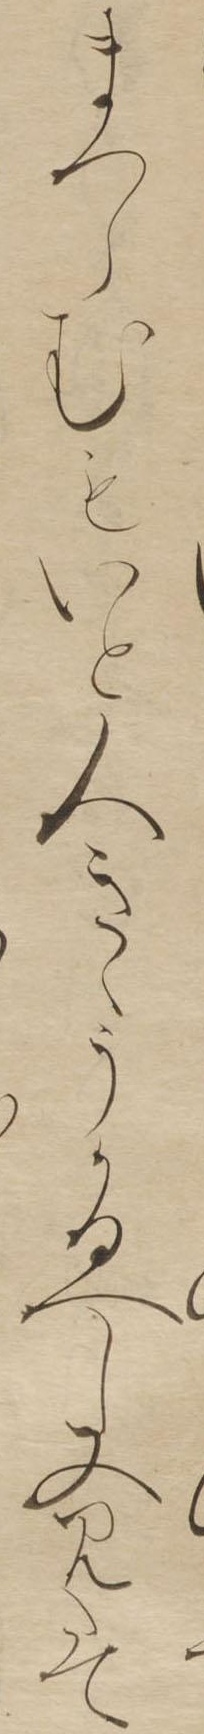
まつらむもいと人きゝうかるへし又みたて